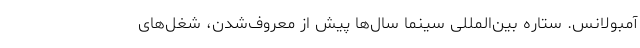
آمبولانس. ستاره بین‌المللی سینما سال‌ها پیش از معروف‌شدن، شغل‌های